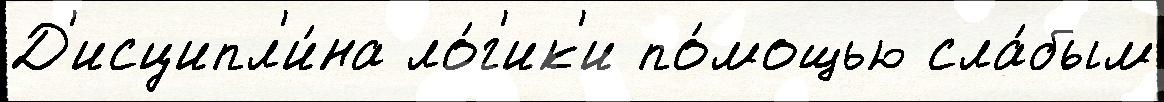
Д'исципл'и́на ло́г'ик'и по́мощью сла́бым